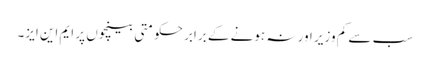
سب سے کم وزیر اور نہ ہونے کے برابر حکومتی بینچوں پر ایم این ایز۔